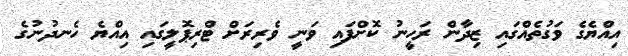
އިއްޔެގެ ވަގުތެއްގައި ޒިދާން ރަހީނު ކޮށްފައި ވަނީ ވެރިރަށް ޓްރިޕޮލީގައި އިއްޔެ ހެނދުނުގެ